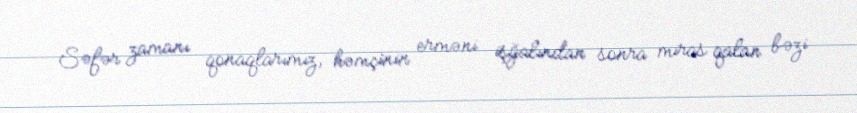
Səfər zamanı qonaqlarımız, həmçinin erməni işğalından sonra miras qalan bəzi